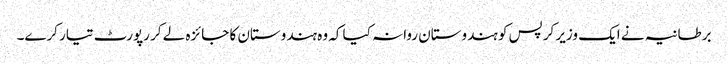
برطانیہ نے ایک وزیر کرپس کو ہندوستان روانہ کیا کہ وہ ہندوستان کا جائزہ لے کر رپورٹ تیار کرے۔